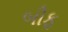
બીફ